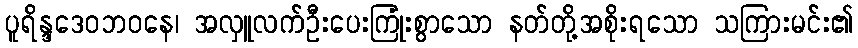
ပူရိန္ဒဒေဝဘဝနေ၊ အလှူလက်ဦးပေးကြုံးစွာသော နတ်တို့အစိုးရသော သကြားမင်း၏